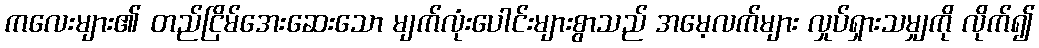
ကလေးများ၏ တည်ငြိမ်အေးဆေးသော မျက်လုံးပေါင်းများစွာသည် အမေ့လက်များ လှုပ်ရှားသမျှကို လိုက်၍